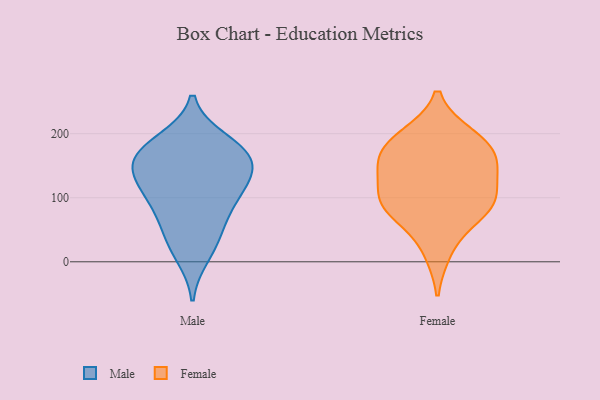
{"axis": {"x": "Energy Usage (MWh)", "y": "Value"}, "legend": ["Female", "Male"], "data": [{"x": "", "y": 189, "type": "Male"}, {"x": "", "y": 99, "type": "Male"}, {"x": "", "y": 82, "type": "Male"}, {"x": "", "y": 150, "type": "Male"}, {"x": "", "y": 10, "type": "Male"}, {"x": "", "y": 35, "type": "Male"}, {"x": "", "y": 115, "type": "Male"}, {"x": "", "y": 53, "type": "Male"}, {"x": "", "y": 113, "type": "Male"}, {"x": "", "y": 183, "type": "Male"}, {"x": "", "y": 157, "type": "Male"}, {"x": "", "y": 159, "type": "Male"}, {"x": "", "y": 170, "type": "Male"}, {"x": "", "y": 140, "type": "Male"}, {"x": "", "y": 72, "type": "Female"}, {"x": "", "y": 154, "type": "Female"}, {"x": "", "y": 98, "type": "Female"}, {"x": "", "y": 180, "type": "Female"}, {"x": "", "y": 132, "type": "Female"}, {"x": "", "y": 194, "type": "Female"}, {"x": "", "y": 93, "type": "Female"}, {"x": "", "y": 95, "type": "Female"}, {"x": "", "y": 197, "type": "Female"}, {"x": "", "y": 16, "type": "Female"}, {"x": "", "y": 163, "type": "Female"}, {"x": "", "y": 147, "type": "Female"}, {"x": "", "y": 79, "type": "Female"}]}